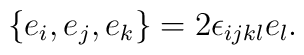
\{e_i, e_j, e_k\} = 2 \epsilon_{ijkl} e_l.